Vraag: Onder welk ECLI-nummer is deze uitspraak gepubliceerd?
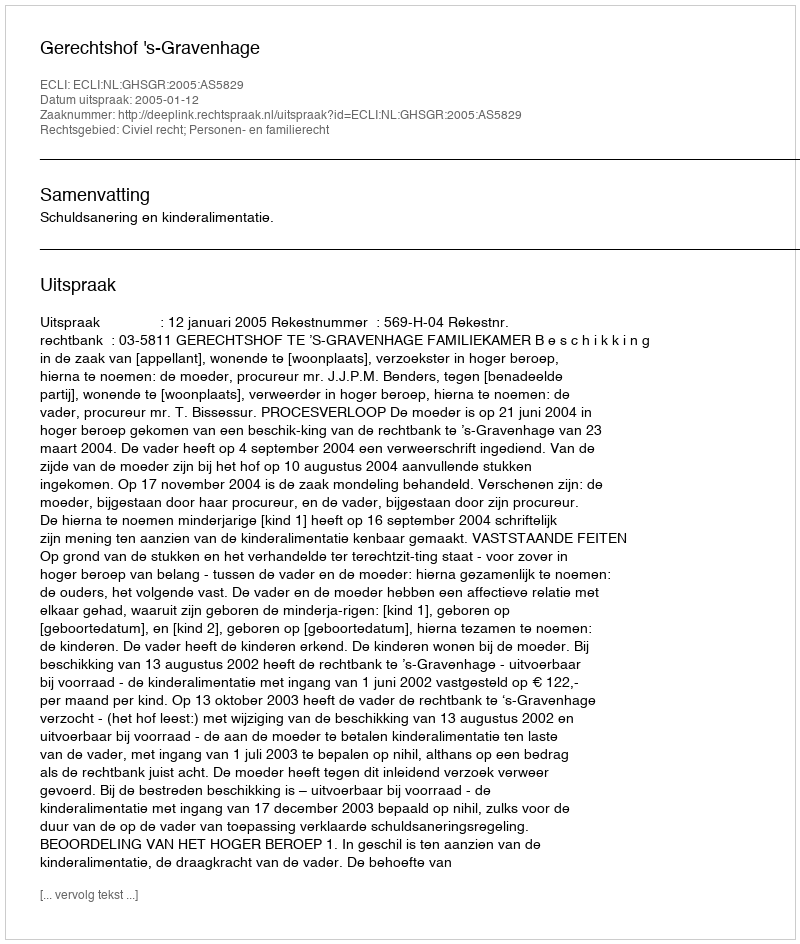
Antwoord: ECLI:NL:GHSGR:2005:AS5829